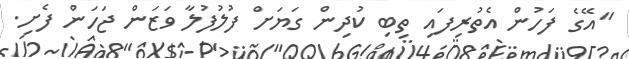
"އޭގެ ފަހުން އެތުރިފައި ތިބި ކުދިން ގަޔަށް ފުލުފުލާ ވަޒަން ޖަހަން ފެށި.